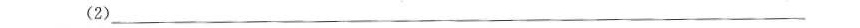
(2)___